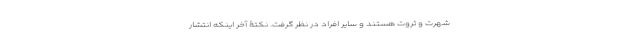
شهرت و ثروت هستند و سایر افراد در نظر گرفت. نکتۀ آخر اینکه انتشار